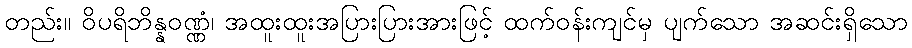
တည်း။ ဝိပရိဘိန္နဝဏ္ဏံ၊ အထူးထူးအပြားပြားအားဖြင့် ထက်ဝန်းကျင်မှ ပျက်သော အဆင်းရှိသော